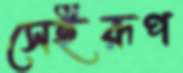
সেইরূপ